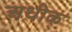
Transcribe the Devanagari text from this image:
अधीक्